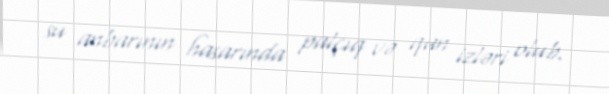
su anbarının hasarında palçıq və qan izləri olub.